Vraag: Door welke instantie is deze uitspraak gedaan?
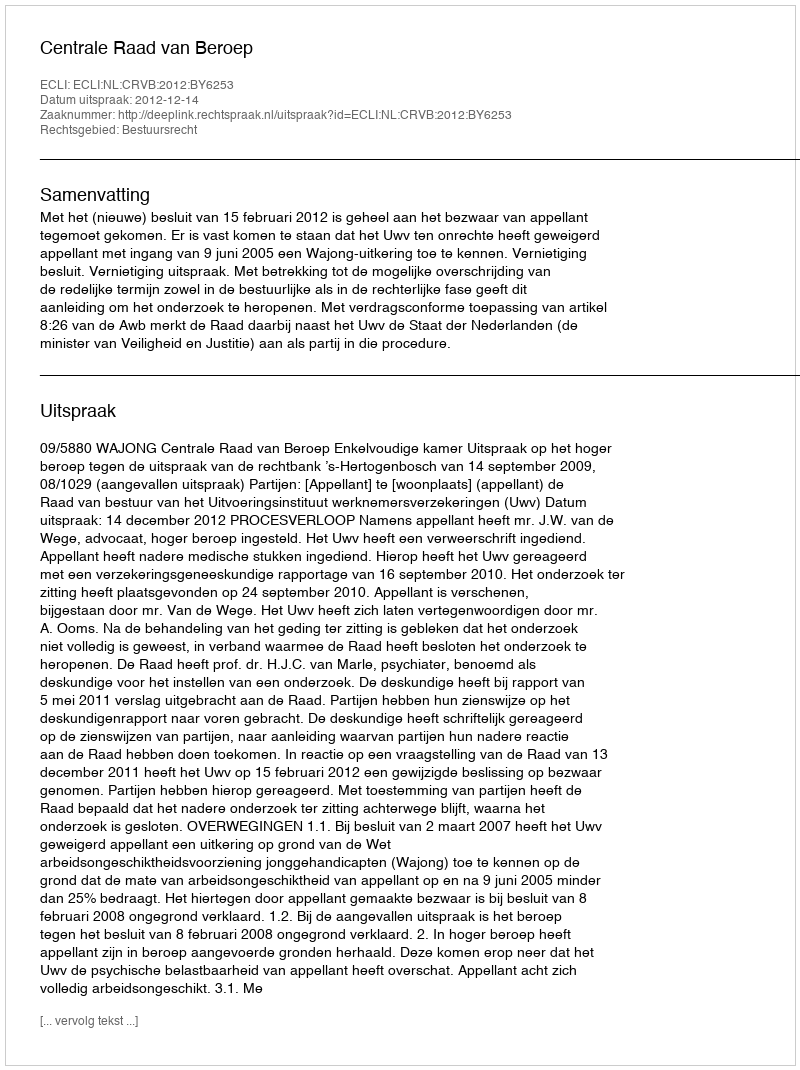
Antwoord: Centrale Raad van Beroep